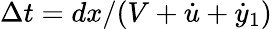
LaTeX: \Delta t=dx/(V+\dot{u}+\dot{y}_{1})